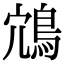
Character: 鴧